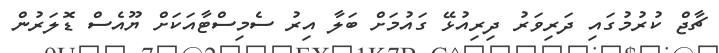
ޗާޖް ކުރުމުގައި ދަރިވަރު ދިރިއުޅޭ ގައުމަށް ބަލާ އިރު ސެމިސްޓާއަކަށް ޔޫއެސް ޑޮލަރުން